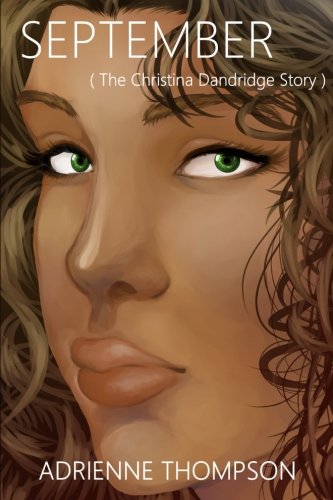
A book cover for September (The Christina Dandridge Story) (Been So Long); Adrienne Thompson; Literature & Fiction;